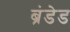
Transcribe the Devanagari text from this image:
ब्रंडेड